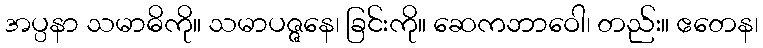
အပ္ပနာ သမာဓိကို။ သမာပဇ္ဇနေ၊ ခြင်းကို။ ဆေကဘာဝေါ၊ တည်း။ ဧတေန၊